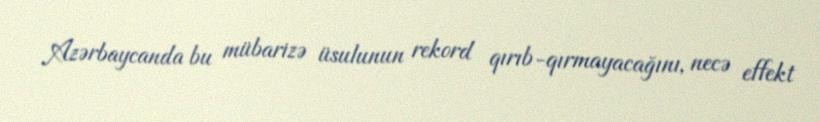
Azərbaycanda bu mübarizə üsulunun rekord qırıb-qırmayacağını, necə effekt